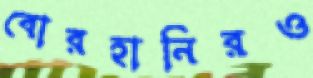
বোরহানিরও